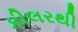
કીલરથી